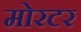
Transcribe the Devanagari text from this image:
मोरटर